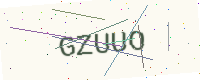
Text: GZUUO